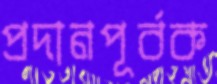
প্রদানপূর্বক